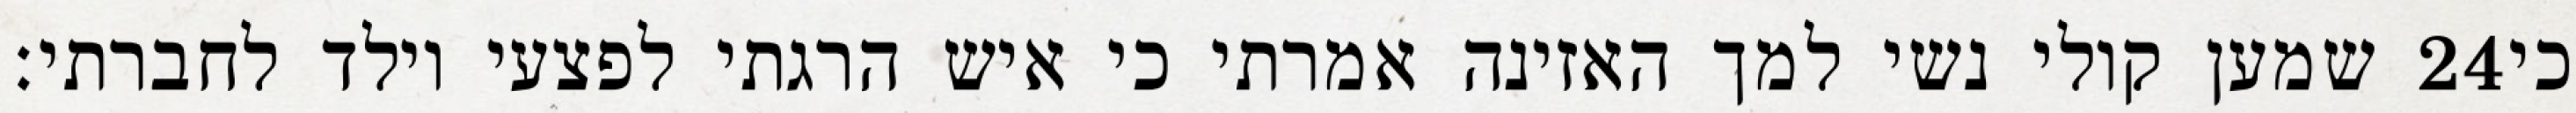
שמען קולי נשי למך האזינה אמרתי כי איש הרגתי לפצעי וילד לחברתי׃ ‎24‏ כי